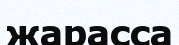
жарасса